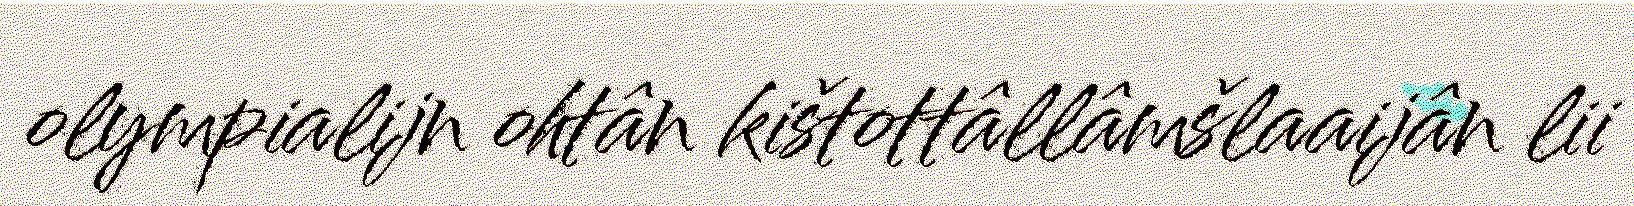
olympialijn ohtân kištottâllâmšlaaijân lii